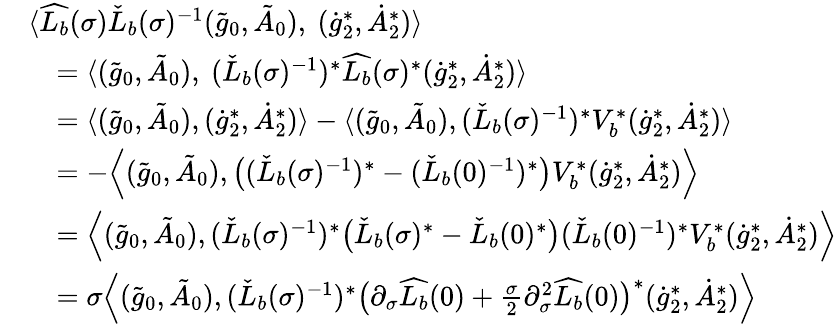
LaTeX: \begin{array}{rl}&{\langle\widehat{L_{b}}(\sigma)\check{L}_{b}(\sigma)^{-1}(\tilde{g}_{0},\tilde{A}_{0}),\ (\dot{g}_{2}^{*},\dot{A}_{2}^{*})\rangle}\\ &{\quad=\langle(\tilde{g}_{0},\tilde{A}_{0}),\ (\check{L}_{b}(\sigma)^{-1})^{*}\widehat{L_{b}}(\sigma)^{*}(\dot{g}_{2}^{*},\dot{A}_{2}^{*})\rangle}\\ &{\quad=\langle(\tilde{g}_{0},\tilde{A}_{0}),(\dot{g}_{2}^{*},\dot{A}_{2}^{*})\rangle-\langle(\tilde{g}_{0},\tilde{A}_{0}),(\check{L}_{b}(\sigma)^{-1})^{*}V_{b}^{*}(\dot{g}_{2}^{*},\dot{A}_{2}^{*})\rangle}\\ &{\quad=-\Big\langle(\tilde{g}_{0},\tilde{A}_{0}),\big((\check{L}_{b}(\sigma)^{-1})^{*}-(\check{L}_{b}(0)^{-1})^{*}\big)V_{b}^{*}(\dot{g}_{2}^{*},\dot{A}_{2}^{*})\Big\rangle}\\ &{\quad=\Big\langle(\tilde{g}_{0},\tilde{A}_{0}),(\check{L}_{b}(\sigma)^{-1})^{*}\big(\check{L}_{b}(\sigma)^{*}-\check{L}_{b}(0)^{*}\big)(\check{L}_{b}(0)^{-1})^{*}V_{b}^{*}(\dot{g}_{2}^{*},\dot{A}_{2}^{*})\Big\rangle}\\ &{\quad=\sigma\Big\langle(\tilde{g}_{0},\tilde{A}_{0}),(\check{L}_{b}(\sigma)^{-1})^{*}\big(\partial_{\sigma}\widehat{L_{b}}(0)+\frac{\sigma}{2}\partial_{\sigma}^{2}\widehat{L_{b}}(0)\big)^{*}(\dot{g}_{2}^{*},\dot{A}_{2}^{*})\Big\rangle}\end{array}